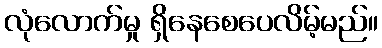
လုံလောက်မှု ရှိနေစေပေလိမ့်မည်။